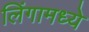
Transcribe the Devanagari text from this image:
लिंगामध्ये